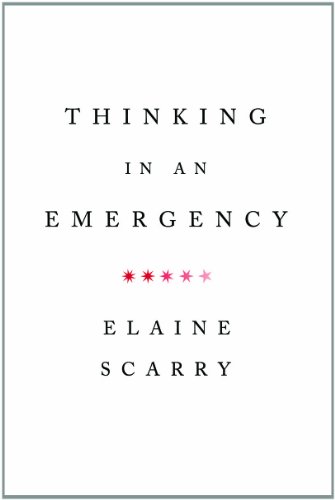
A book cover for Thinking in an Emergency (Norton Global Ethics Series); Elaine Scarry; Law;